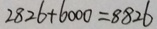
2 8 2 6 + 6 0 0 0 = 8 8 2 6